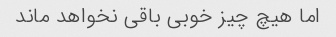
اما هیچ چیز خوبی باقی نخواهد ماند